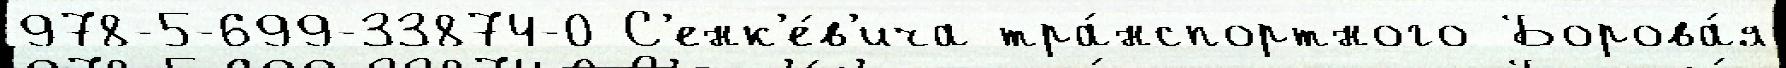
978-5-699-33874-0 С'енк'е́в'ича тра́нспортного Борова́я